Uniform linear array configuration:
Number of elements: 4
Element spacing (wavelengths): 0.5
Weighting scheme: blackman
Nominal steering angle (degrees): -60
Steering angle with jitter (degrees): -59.798
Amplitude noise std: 0.05
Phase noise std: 0.05

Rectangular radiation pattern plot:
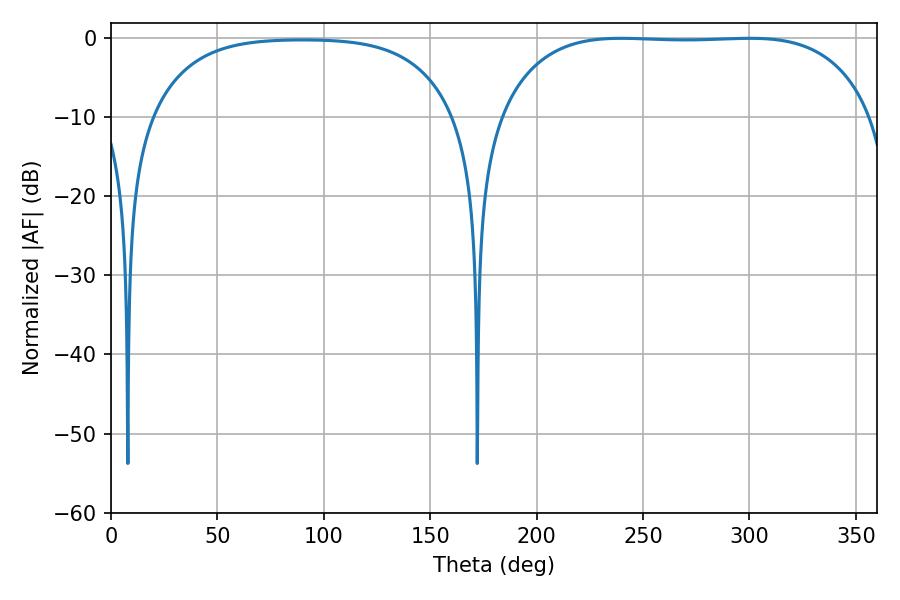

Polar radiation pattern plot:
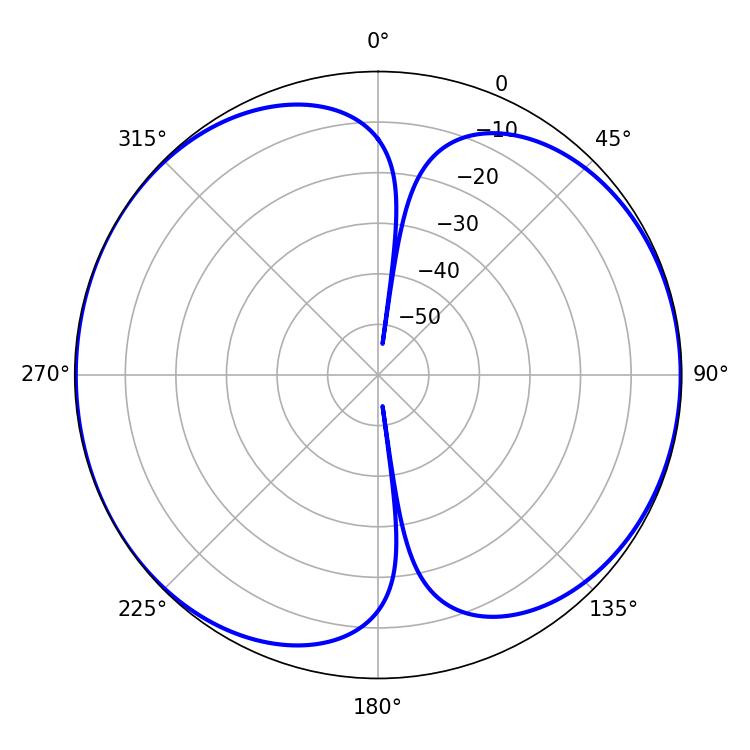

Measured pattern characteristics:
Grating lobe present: FALSE
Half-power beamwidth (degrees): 137.16
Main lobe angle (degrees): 239.76